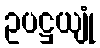
ဥပဋ္ဌယျုံ